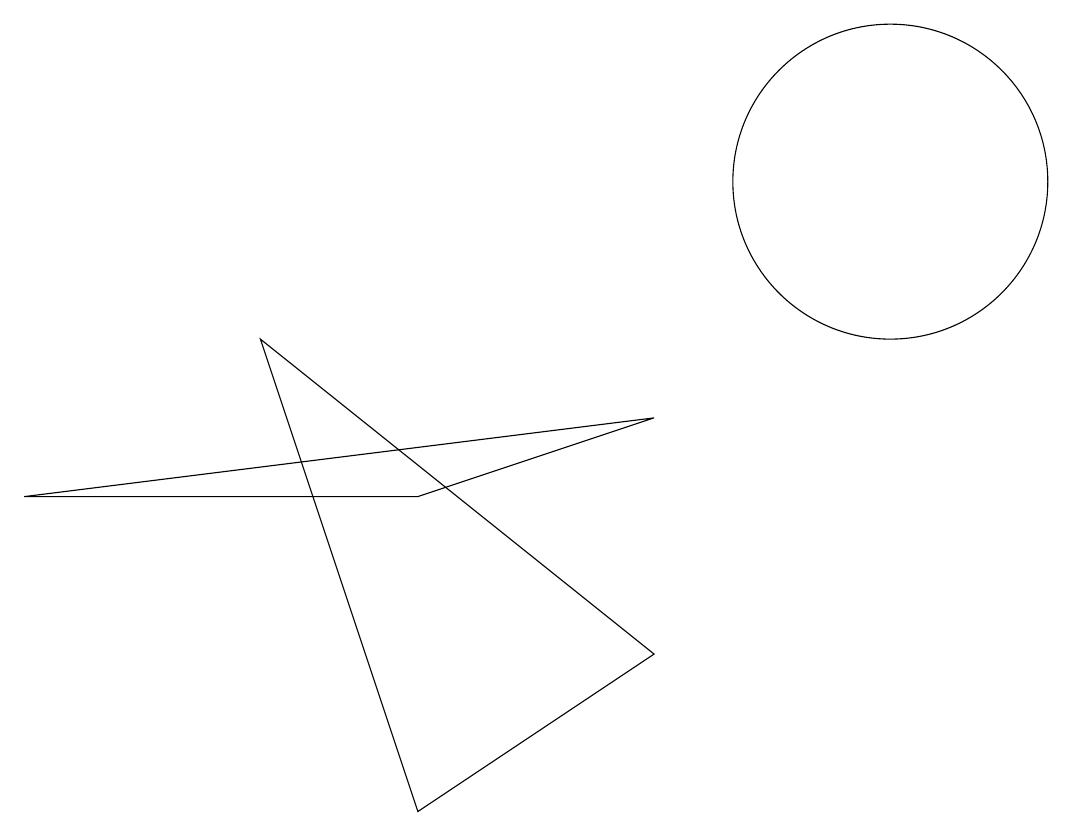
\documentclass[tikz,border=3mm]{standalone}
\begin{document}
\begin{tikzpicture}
\draw (11,11) circle (2);
\draw (8,8) -- (0,7) -- (5,7) -- cycle;
\draw (8,5) -- (5,3) -- (3,9) -- cycle;
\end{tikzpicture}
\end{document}